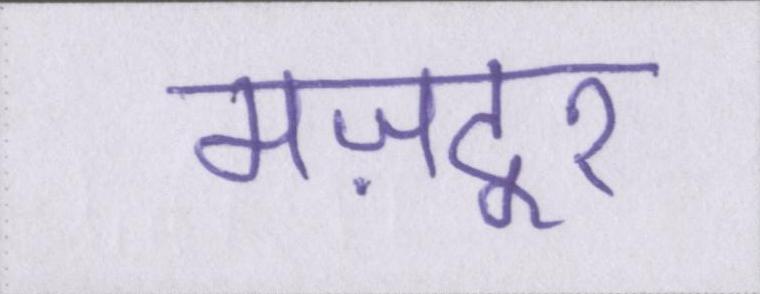
मज़दूर